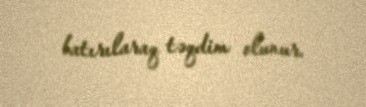
batırılaraq təqdim olunur.